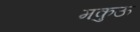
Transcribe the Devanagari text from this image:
मकुऊ